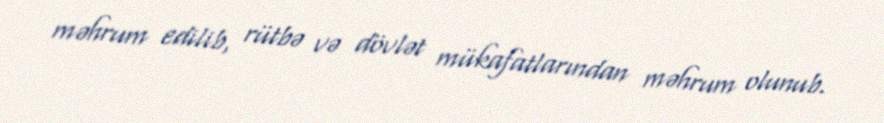
məhrum edilib, rütbə və dövlət mükafatlarından məhrum olunub.